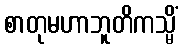
စာတုမဟာဘူတိကသ္မိံ